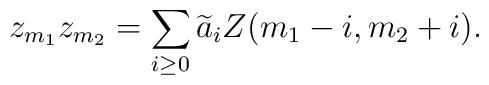
z_{m_1}z_{m_2}=\sum_{i\ge0}{\widetilde a}_iZ(m_1-i,m_2+i).